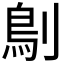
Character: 𠞸